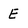
Character: E